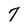
Character: 7